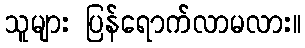
သူများ ပြန်ရောက်လာမလား။